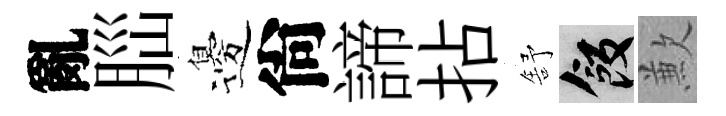
亂𦛁邊尙諦拈舒飯歉